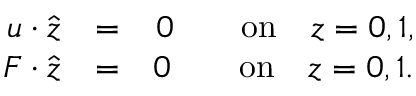
\begin{array} { r l r } { { \ensuremath { \boldsymbol } u } \ensuremath { \boldsymbol \cdot } { \hat { \ensuremath { \boldsymbol } z } } } & { = } & { 0 \qquad \mathrm { o n } \quad z = 0 , 1 , } \\ { { \ensuremath { \boldsymbol } F } \ensuremath { \boldsymbol \cdot } { \hat { \ensuremath { \boldsymbol } z } } } & { = } & { 0 \qquad \mathrm { o n } \quad z = 0 , 1 . } \end{array}